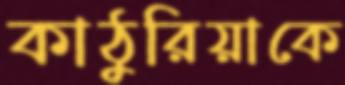
কাঠুরিয়াকে